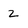
Character: Z